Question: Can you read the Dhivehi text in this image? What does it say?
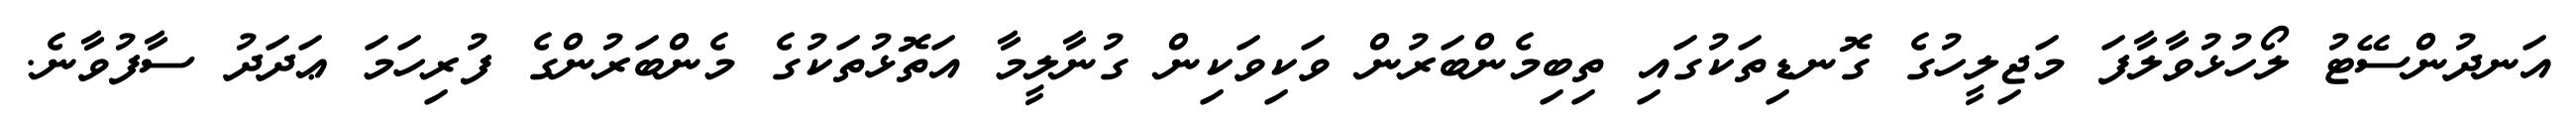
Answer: އަނދުންސޭޓު ލޯހުޅުވާލާފަ މަޖިލީހުގެ ގޮނޑިތަކުގައި ތިބިމެންބަރުން ވަކިވަކިން ގުނާލީމާ އަތޮޅުތަކުގެ މެންބަރުންގެ ފުރިހަމަ ޢަދަދު ސާފުވާނެ.